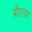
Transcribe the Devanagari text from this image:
बौराया